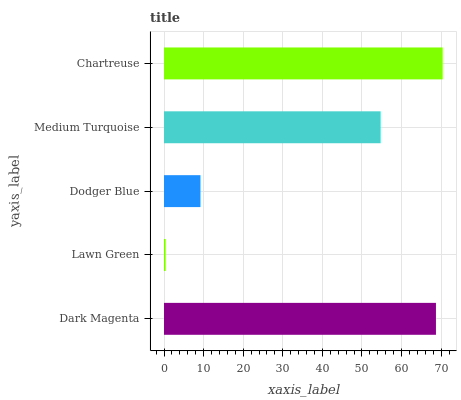
| yaxis_label | bars |
 | --- | --- |
 | Dark Magenta | 68.7 |
 | Lawn Green | 0.374 |
 | Dodger Blue | 9.21 |
 | Medium Turquoise | 54.7 |
 | Chartreuse | 70.4 |